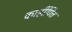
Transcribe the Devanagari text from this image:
काहींपित्त